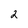
Character: 2